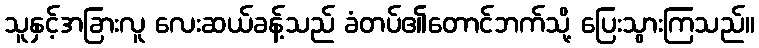
သူနှင့်အခြားလူ လေးဆယ်ခန့်သည် ခံတပ်၏တောင်ဘက်သို့ ပြေးသွားကြသည်။